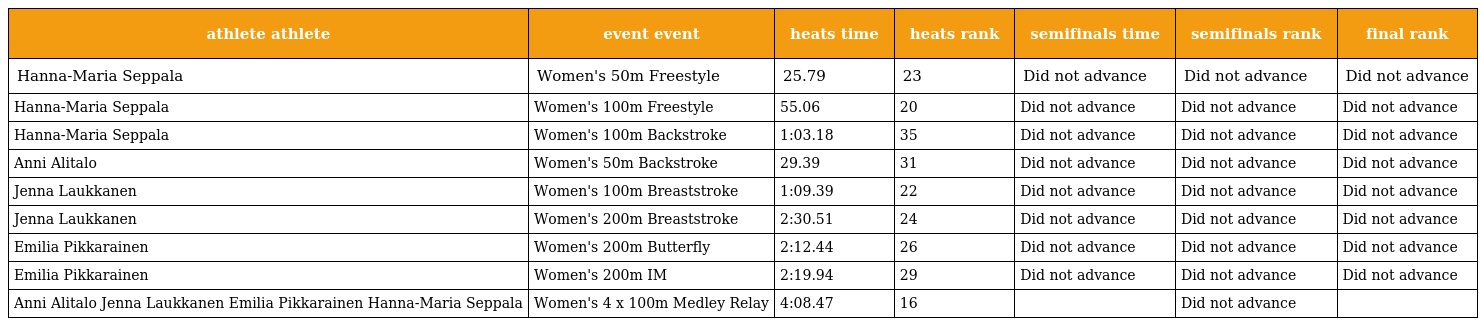
| athlete athlete | event event | heats time | heats rank | semifinals time | semifinals rank | final rank |
 | --- | --- | --- | --- | --- | --- | --- |
 | Hanna-Maria Seppala | Women's 50m Freestyle | 25.79 | 23 | Did not advance | Did not advance | Did not advance |
 | Hanna-Maria Seppala | Women's 100m Freestyle | 55.06 | 20 | Did not advance | Did not advance | Did not advance |
 | Hanna-Maria Seppala | Women's 100m Backstroke | 1:03.18 | 35 | Did not advance | Did not advance | Did not advance |
 | Anni Alitalo | Women's 50m Backstroke | 29.39 | 31 | Did not advance | Did not advance | Did not advance |
 | Jenna Laukkanen | Women's 100m Breaststroke | 1:09.39 | 22 | Did not advance | Did not advance | Did not advance |
 | Jenna Laukkanen | Women's 200m Breaststroke | 2:30.51 | 24 | Did not advance | Did not advance | Did not advance |
 | Emilia Pikkarainen | Women's 200m Butterfly | 2:12.44 | 26 | Did not advance | Did not advance | Did not advance |
 | Emilia Pikkarainen | Women's 200m IM | 2:19.94 | 29 | Did not advance | Did not advance | Did not advance |
 | Anni Alitalo Jenna Laukkanen Emilia Pikkarainen Hanna-Maria Seppala | Women's 4 x 100m Medley Relay | 4:08.47 | 16 |  | Did not advance |  |